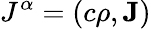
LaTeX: J^{\alpha}=(c\rho,\mathbf{J})